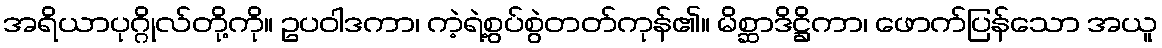
အရိယာပုဂ္ဂိုလ်တို့ကို။ ဥပဝါဒကာ၊ ကဲ့ရဲ့စွပ်စွဲတတ်ကုန်၏။ မိစ္ဆာဒိဋ္ဌိကာ၊ ဖောက်ပြန်သော အယူ